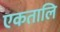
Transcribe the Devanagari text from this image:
एकतालि